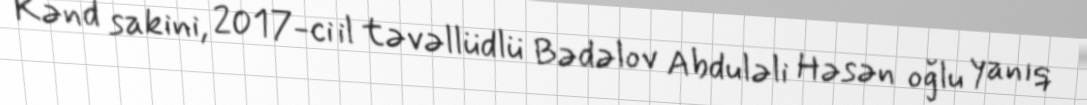
Kənd sakini, 2017-ci il təvəllüdlü Bədəlov Abduləli Həsən oğlu yanıq